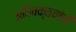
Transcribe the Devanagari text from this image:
अधिवक्त्यांची